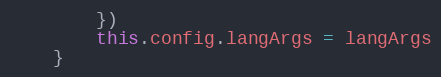
Language: JavaScript
        })
        this.config.langArgs = langArgs
    }